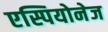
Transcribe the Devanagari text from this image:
एस्पियोनेज